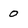
Character: 0